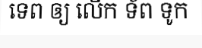
ទេព ឲ្យ លើក ទ័ព ទូក